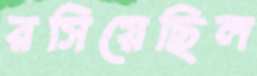
রসিয়েছিল